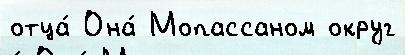
отца́ Она́ Мопассаном округ